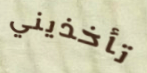
تأخذيني